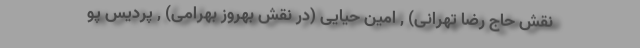
نقش حاج رضا تهرانی) , امین حیایی (در نقش بهروز بهرامی) , پردیس پو